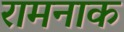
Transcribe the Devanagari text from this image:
रामनाक